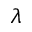
\lambda